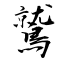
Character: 鷲